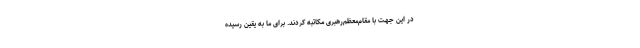
در این جهت با مقام‌معظم‌رهبری مکاتبه کردند. برای ما به یقین رسیده